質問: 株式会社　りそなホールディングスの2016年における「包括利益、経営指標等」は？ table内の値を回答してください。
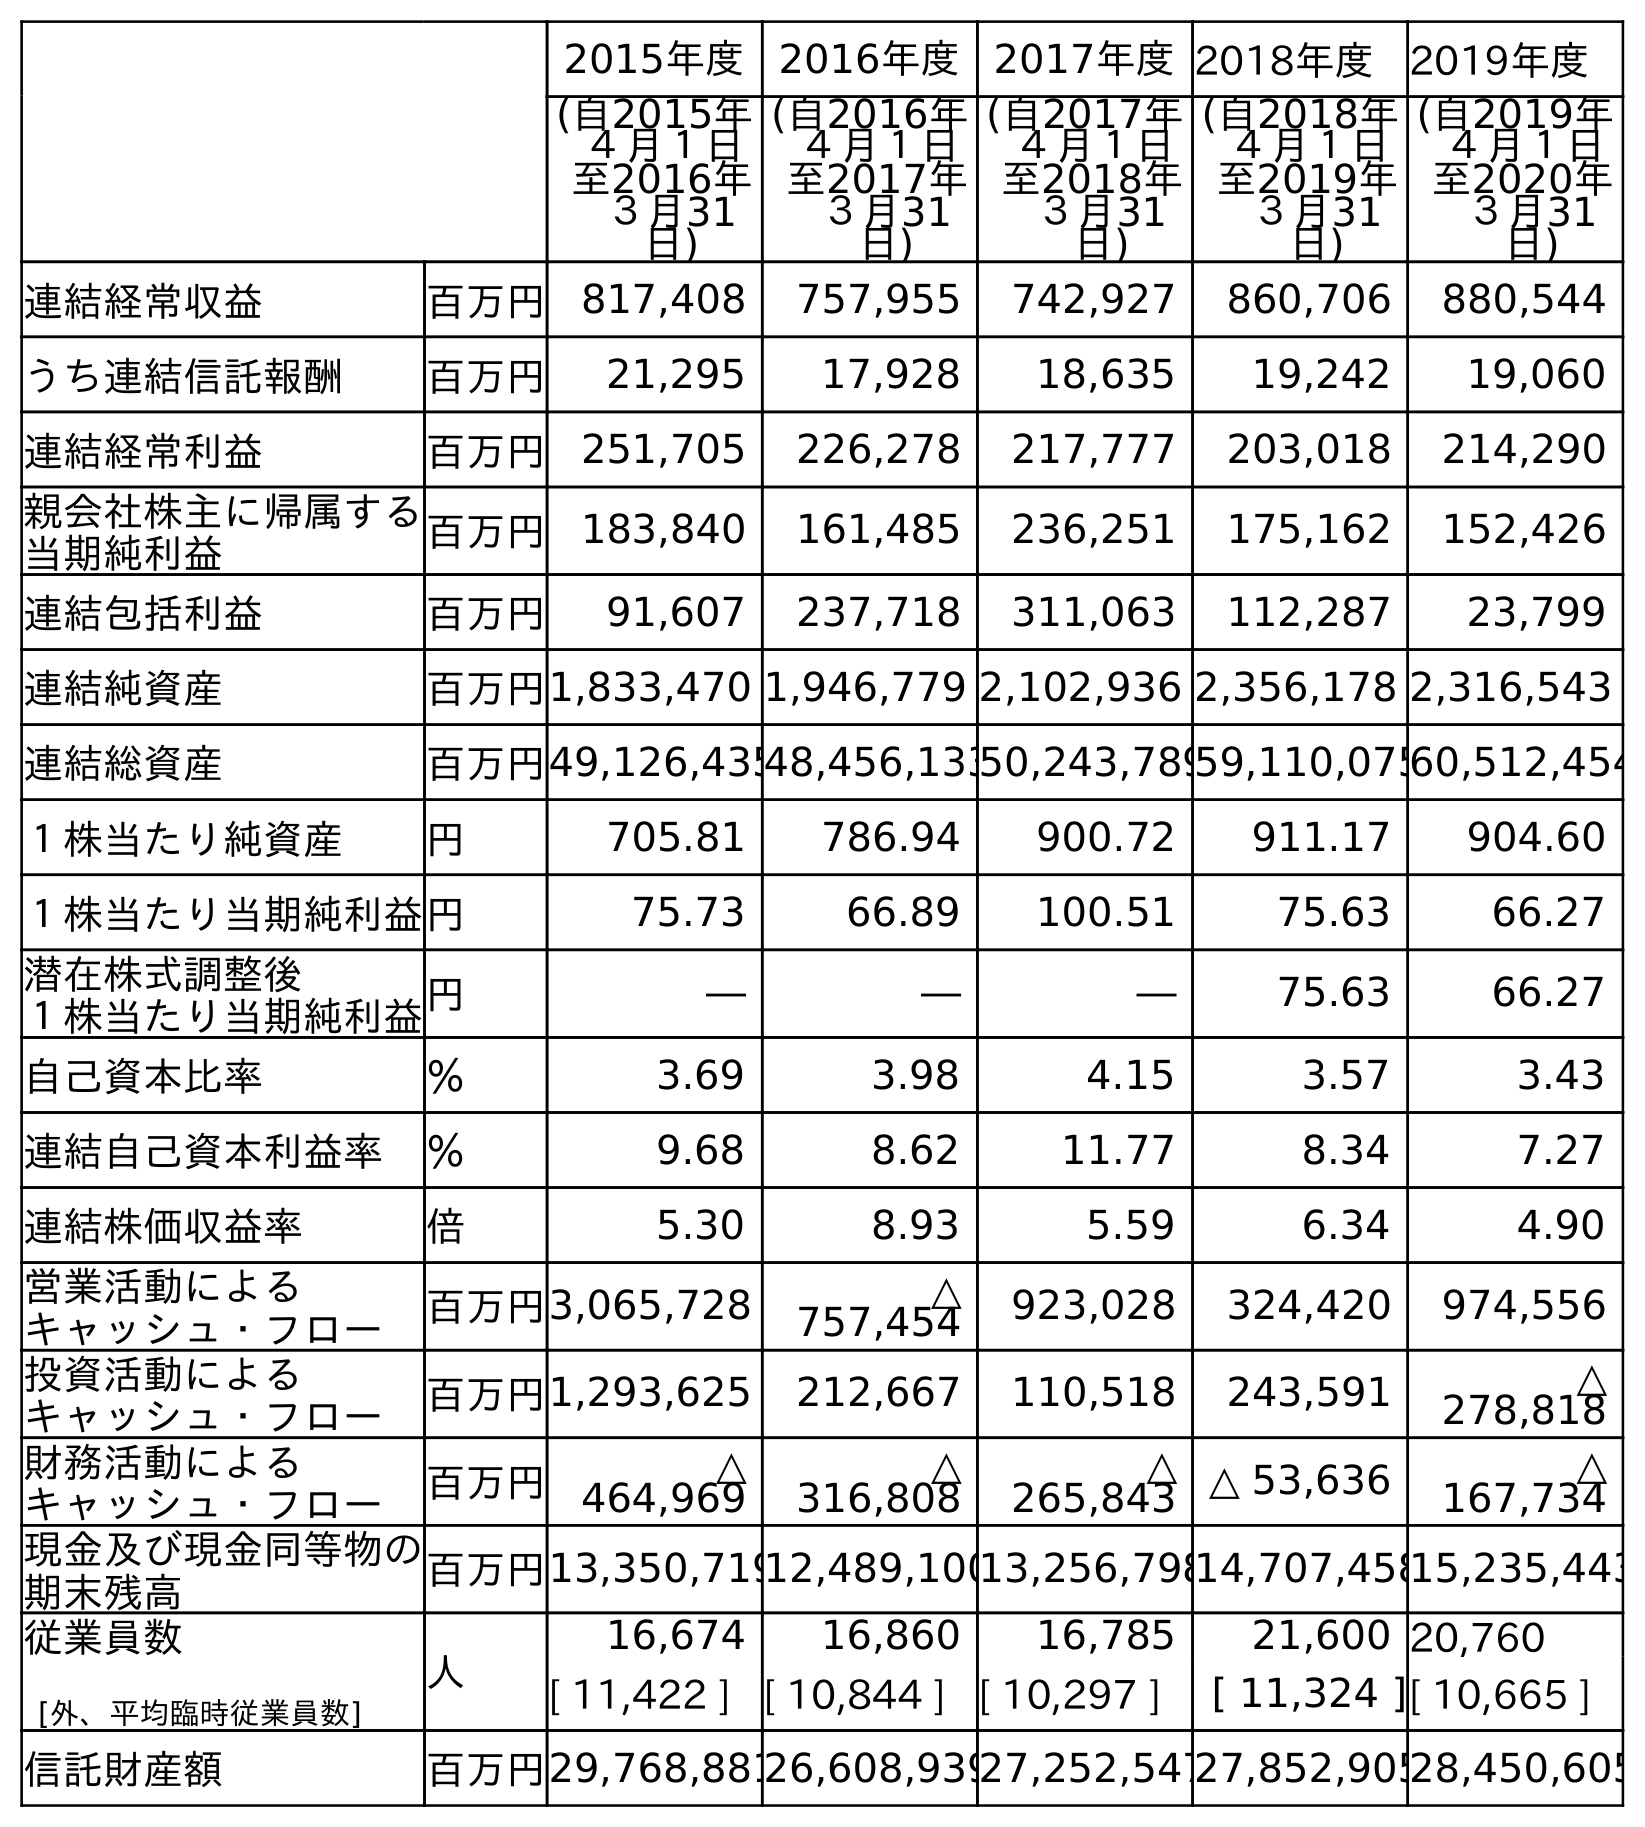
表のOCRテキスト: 2015年度 2016年度 2017年度2018年度 2019年度 (自2015年 ４月１日 至2016年 ３月31 日) (自2016年 ４月１日 至2017年 ３月31 日) (自2017年 ４月１日 至2018年 ３月31 日) (自2018年 ４月１日 至2019年 ３月31 日) (自2019年 ４月１日 至2020年 ３月31 日) 連結経常収益 百万円 817,408 757,955 742,927 860,706 880,544 うち連結信託報酬 百万円 21,295 17,928 18,635 19,242 19,060 連結経常利益 百万円 251,705 226,278 217,777 203,018 214,290 親会社株主に帰属する 当期純利益 百万円 183,840 161,485 236,251 175,162 152,426 連結包括利益 百万円 91,607 237,718 311,063 112,287 23,799 連結純資産 百万円1,833,470 1,946,779 2,102,936 2,356,178 2,316,543 連結総資産 百万円49,126,43548,456,13350,243,78959,110,07560,512,454 １株当たり純資産 円 705.81 786.94 900.72 911.17 904.60 １株当たり当期純利益円 75.73 66.89 100.51 75.63 66.27 潜在株式調整後 １株当たり当期純利益円 ― ― ― 75.63 66.27 自己資本比率 ％ 3.69 3.98 4.15 3.57 3.43 連結自己資本利益率 ％ 9.68 8.62 11.77 8.34 7.27 連結株価収益率 倍 5.30 8.93 5.59 6.34 4.90 営業活動による キャッシュ・フロー 百万円3,065,728 △ 757,454 923,028 324,420 974,556 投資活動による キャッシュ・フロー 百万円1,293,625 212,667 110,518 243,591 △ 278,818 財務活動による キャッシュ・フロー 百万円 △ 464,969 △ 316,808 △ 265,843 △ 53,636 △ 167,734 現金及び現金同等物の 期末残高 百万円13,350,71912,489,10013,256,79814,707,45815,235,443 従業員数 [外、平均臨時従業員数] 人 16,674 16,860 16,785 21,600 20,760 [ 11,422 ] [ 10,844 ] [ 10,297 ] [ 11,324 ][ 10,665 ] 信託財産額 百万円29,768,88126,608,93927,252,54727,852,90528,450,605
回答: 91,607